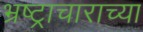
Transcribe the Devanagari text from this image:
भ्रष्ट्राचाराच्या